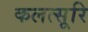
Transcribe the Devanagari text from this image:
कलत्सूरि